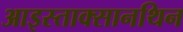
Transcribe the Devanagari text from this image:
आइस्ताक्सानथिन